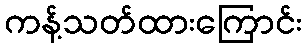
ကန့်သတ်ထားကြောင်း